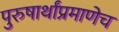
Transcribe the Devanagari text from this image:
पुरुषार्थांप्रमाणेच